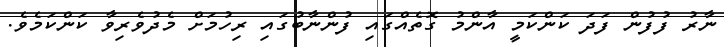
ނާރު ފުފުން ފަދަ ކަންކަމީ އާންމު ގޮތެއްގައި ފުންނާބުގައި ރިހުމަށް މެދުވެރިވާ ކަންކަމެވެ.